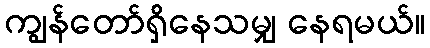
ကျွန်တော်ရှိနေသမျှ နေရမယ်။